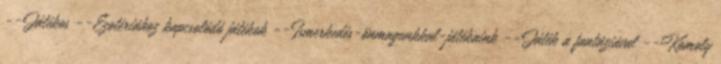
--Játékos --Ezotériához kapcsolódó játékok --Ismerkedés-önmagunkkal-játékaink --Játék a fantáziával --Komoly